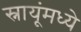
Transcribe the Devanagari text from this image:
स्नायूंमध्ये